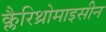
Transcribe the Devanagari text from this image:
क्लैरिथ्रोमाइसीन